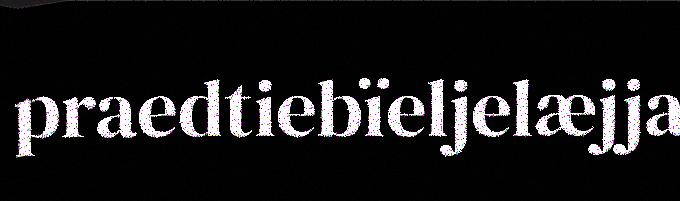
praedtiebïeljelæjja